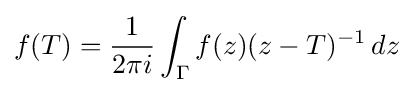
f(T)={\frac {1}{2\pi i}}\int _{\Gamma }f(z)(z-T)^{-1}\,dz